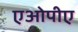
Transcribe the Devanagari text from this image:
एओपीए